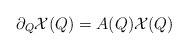
\begin{align*} \partial_Q \mathcal{X} (Q) = A(Q) \mathcal{X} (Q) \end{align*}